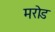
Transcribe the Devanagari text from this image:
मरोड